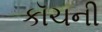
કૉચની